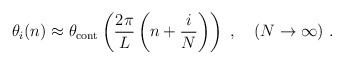
\begin{align*}\theta_i(n) \approx \theta_{\rm cont}\left(\frac{2\pi}{L} \left(n+\frac{i}{N}\right) \right) \ , \quad (N\to \infty) \ .\end{align*}